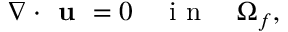
\begin{array} { r } { \nabla \cdot \textbf { u } = 0 \quad \mathrm { ~ i ~ n ~ } \quad \Omega _ { f } , } \end{array}